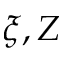
\xi , Z